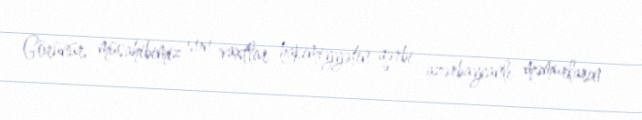
Görünür, müsahibimiz son vaxtlar hakimiyyətin qərbi azərbaycanlı məmurların